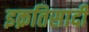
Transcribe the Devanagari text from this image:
इक़तिसादी